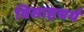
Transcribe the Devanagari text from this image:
विसाहचर्य